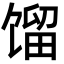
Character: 馏